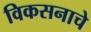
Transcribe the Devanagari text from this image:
विकसनाचे